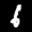
Label: 6